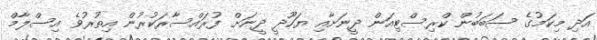
އަދި މިކަމުގެ ސަބަބުން ކްރިސްޓިއަން ދީނަށާއި ޔަހޫދީ ދީނަށް ފުރަައްސާރަކުރުން އިތުރުވެ އިސްލާމް